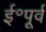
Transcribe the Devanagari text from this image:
ई॰पूर्व